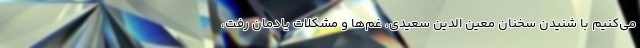
می‌کنیم با شنیدن سخنان معین الدین سعیدی، غم‌ها و مشکلات یادمان رفت،